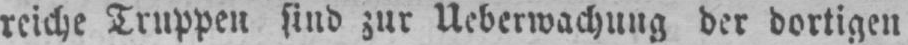
reiche Truppen sind zur Ueberwachung der dortigen